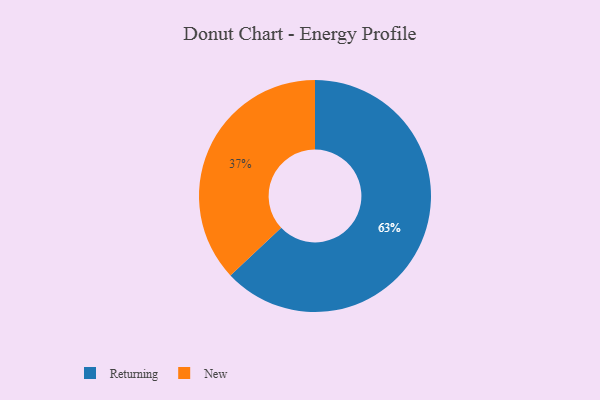
{"axis": {"x": "Category", "y": "Percentage"}, "legend": ["New", "Returning"], "data": [{"x": "New", "y": 37, "type": "New"}, {"x": "Returning", "y": 63, "type": "Returning"}]}